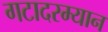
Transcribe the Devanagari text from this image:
गटादरम्यान